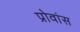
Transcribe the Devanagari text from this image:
प्रोवांस